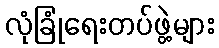
လုံခြုံရေးတပ်ဖွဲ့များ